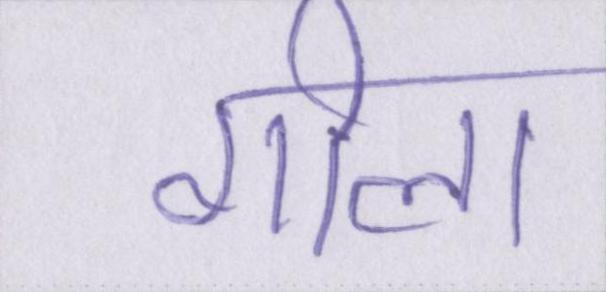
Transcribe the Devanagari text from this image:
गीला